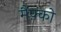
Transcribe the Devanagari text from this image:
मैफ़्को